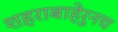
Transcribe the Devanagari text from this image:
शहराबाहेरुनच